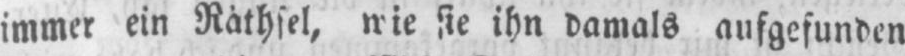
sie ihn damals aufgefunden